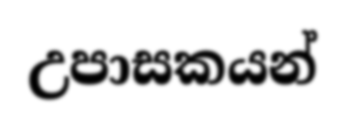
උපාසකයන්